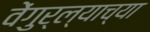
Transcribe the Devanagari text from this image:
वेंगुर्ल्याच्या